Calcutta medical institutions reports 1871-78
Year: 1871
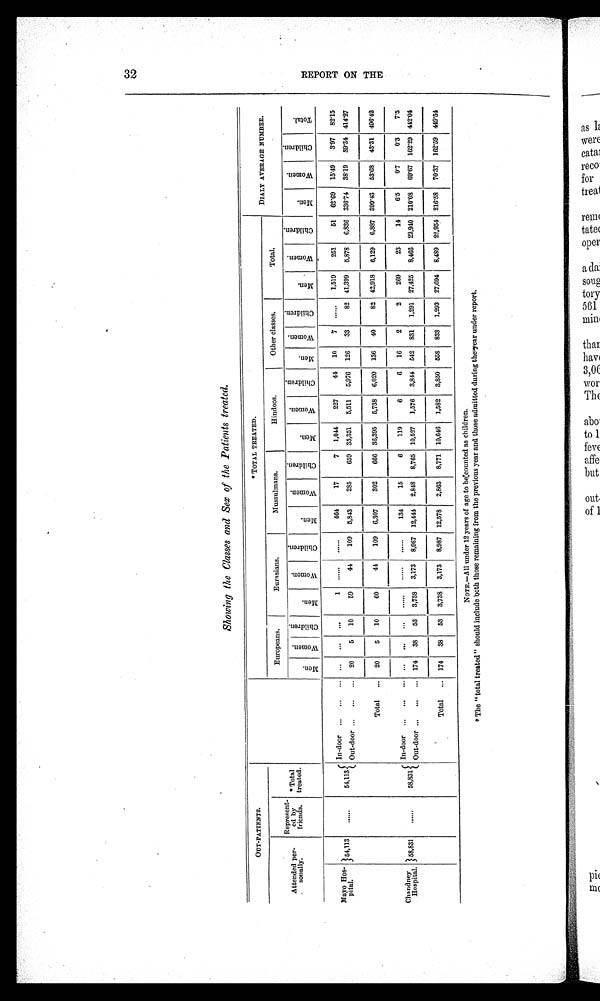
3 2
R E P O R T O N T H E
Showing the Classes and Sex of the Patients treated.
OUT-PATIENTS.
* TOTAL TREATED.
DIALY AVERAGE NUMBER.
Represent-
ed by
friends,
* Total
treated.
Europeans.
Eurasians.
Mussulmans.
Hindoos.
Other classes.
Total.
Attended per-
sonally.
M e n .
W o m e n .
C h i l d r e n .
M e n .
W o m e n .
C h i l d r e n .
M e n .
W o m e n .
C h i l d r e n .
M e n .
W o m e n .
C h i l d r e n .
M e n .
W o m e n .
C h i l d r e n .
M e n .
W o m e n .
C h i l d r e n .
M e n .
W o m e n .
C h i l d r e n .
T o t a l
Mayo Hos-
pital.
5 4 , 1 1 3
...
5 4 , 1 1 3
In-door
. . .
. . .
. . .
1
...
...
4 6 4
1 7
7
1,044
227
44
10
7
...
1,519
251
51
6 2 . 6 9
1 5 . 4 9
3 . 9 7
8 2 . 1 5
Out-door
20
5
10
59
44
109
5,843
285
659 35,351
5,511
5,976
126
33
82 41,399
5,878
6,836 336.74 38.19 39.34 414.27
Total.
20
5
10
60
44
109
6,307
302
666 36,395
5,738
6,020 136
40
82 42,918
6,129
6,887 399.43 53.68
43.31 496.42
Chandney Hospital.
5 8 , 8 3 1
...
5 8 , 8 3 1
In-door
. . .
. . .
... ....
...
...
134
15
6
119
6
6
16
2
2
269
23
14
6'5
01
0'3
7'5
Out-door
174
38
53
3,738
3,173
8,987 12,444
2,848
8,765 10,527
1,576
3,844
542
831
1,291 27,425
8,466 22,940 210.08
69.67 162.29 442.04
Total
174
38
53
3,738
3,173
8,987 12,578
2,863
8,771 10,646
1,582
3,850
558
833
1,293 27,694
8,489 22,954 216.58
70.37 162.59 449.54
NOTE.-All under 12 years of age to be counthd as children.
*The "total treated" should include both those remaining from the previous year and those admitted during the ,year under report.